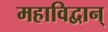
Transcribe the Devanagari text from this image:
महाविद्वान्